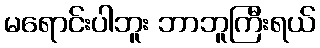
မရောင်းပါဘူး ဘာဘူကြီးရယ်